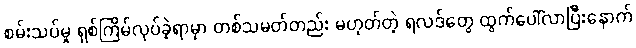
စမ်းသပ်မှု ရှစ်ကြိမ်လုပ်ခဲ့ရာမှာ တစ်သမတ်တည်း မဟုတ်တဲ့ ရလဒ်တွေ ထွက်ပေါ်လာပြီးနောက်